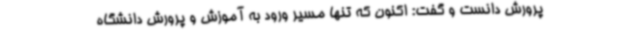
پرورش دانست و گفت: اکنون که تنها مسیر ورود به آموزش و پرورش دانشگاه